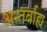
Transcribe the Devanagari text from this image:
अन्तर्बाह्य